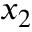
x _ { 2 }